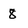
Character: 8